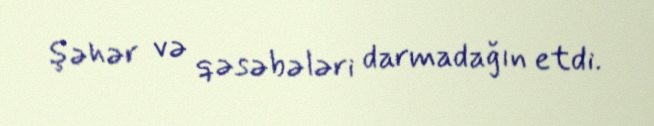
şəhər və qəsəbələri darmadağın etdi.